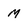
Character: M